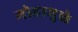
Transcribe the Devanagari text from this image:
मोहामुळे